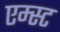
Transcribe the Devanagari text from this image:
एम्स्ट